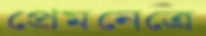
প্রেমনেত্রে